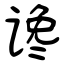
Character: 谗